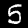
Label: 5